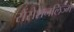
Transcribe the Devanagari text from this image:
सेंसेशनलिज्म